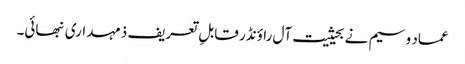
عماد وسیم نے بحیثیت آل راؤنڈر قابلِ تعریف ذمہداری نبھائی۔